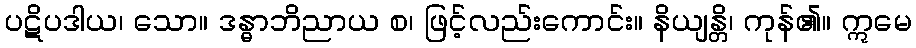
ပဋိပဒါယ၊ သော။ ဒန္ဓာဘိညာယ စ၊ ဖြင့်လည်းကောင်း။ နိယျန္တိ၊ ကုန်၏။ ဣမေ